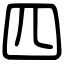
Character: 四